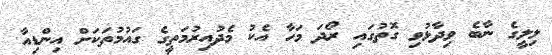
ލިލީގެ ނާބެ ވިދާޅުވި ގޮތުގައި ރޯދަ މަހާ އެކު މެދުއިރުމަތީގެ ގައުމުތަކަށް އިންޑިއާ